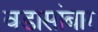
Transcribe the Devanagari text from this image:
वडासांबार